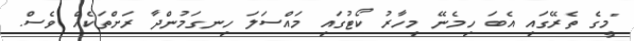
"މީގެ ތެރޭގައި އެބަ ހިމެނޭ މިހާރު ކޯޓުގައި މައްސަލަ ހިނގަމުންދާ ރަށްތަކެއް ވެސް.